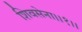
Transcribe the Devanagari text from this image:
शिवसेना।।१।।